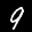
Label: 9